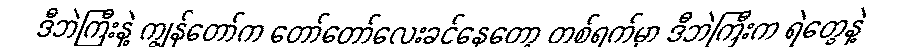
ဒီဘဲကြီးနဲ့ ကျွန်တော်က တော်တော်လေးခင်နေတော့ တစ်ရက်မှာ ဒီဘဲကြီးက ရဲတွေနဲ့